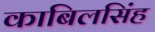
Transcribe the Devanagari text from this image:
काबिलसिंह